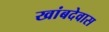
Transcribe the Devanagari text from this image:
खांबदेवास